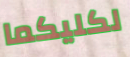
لكليكما